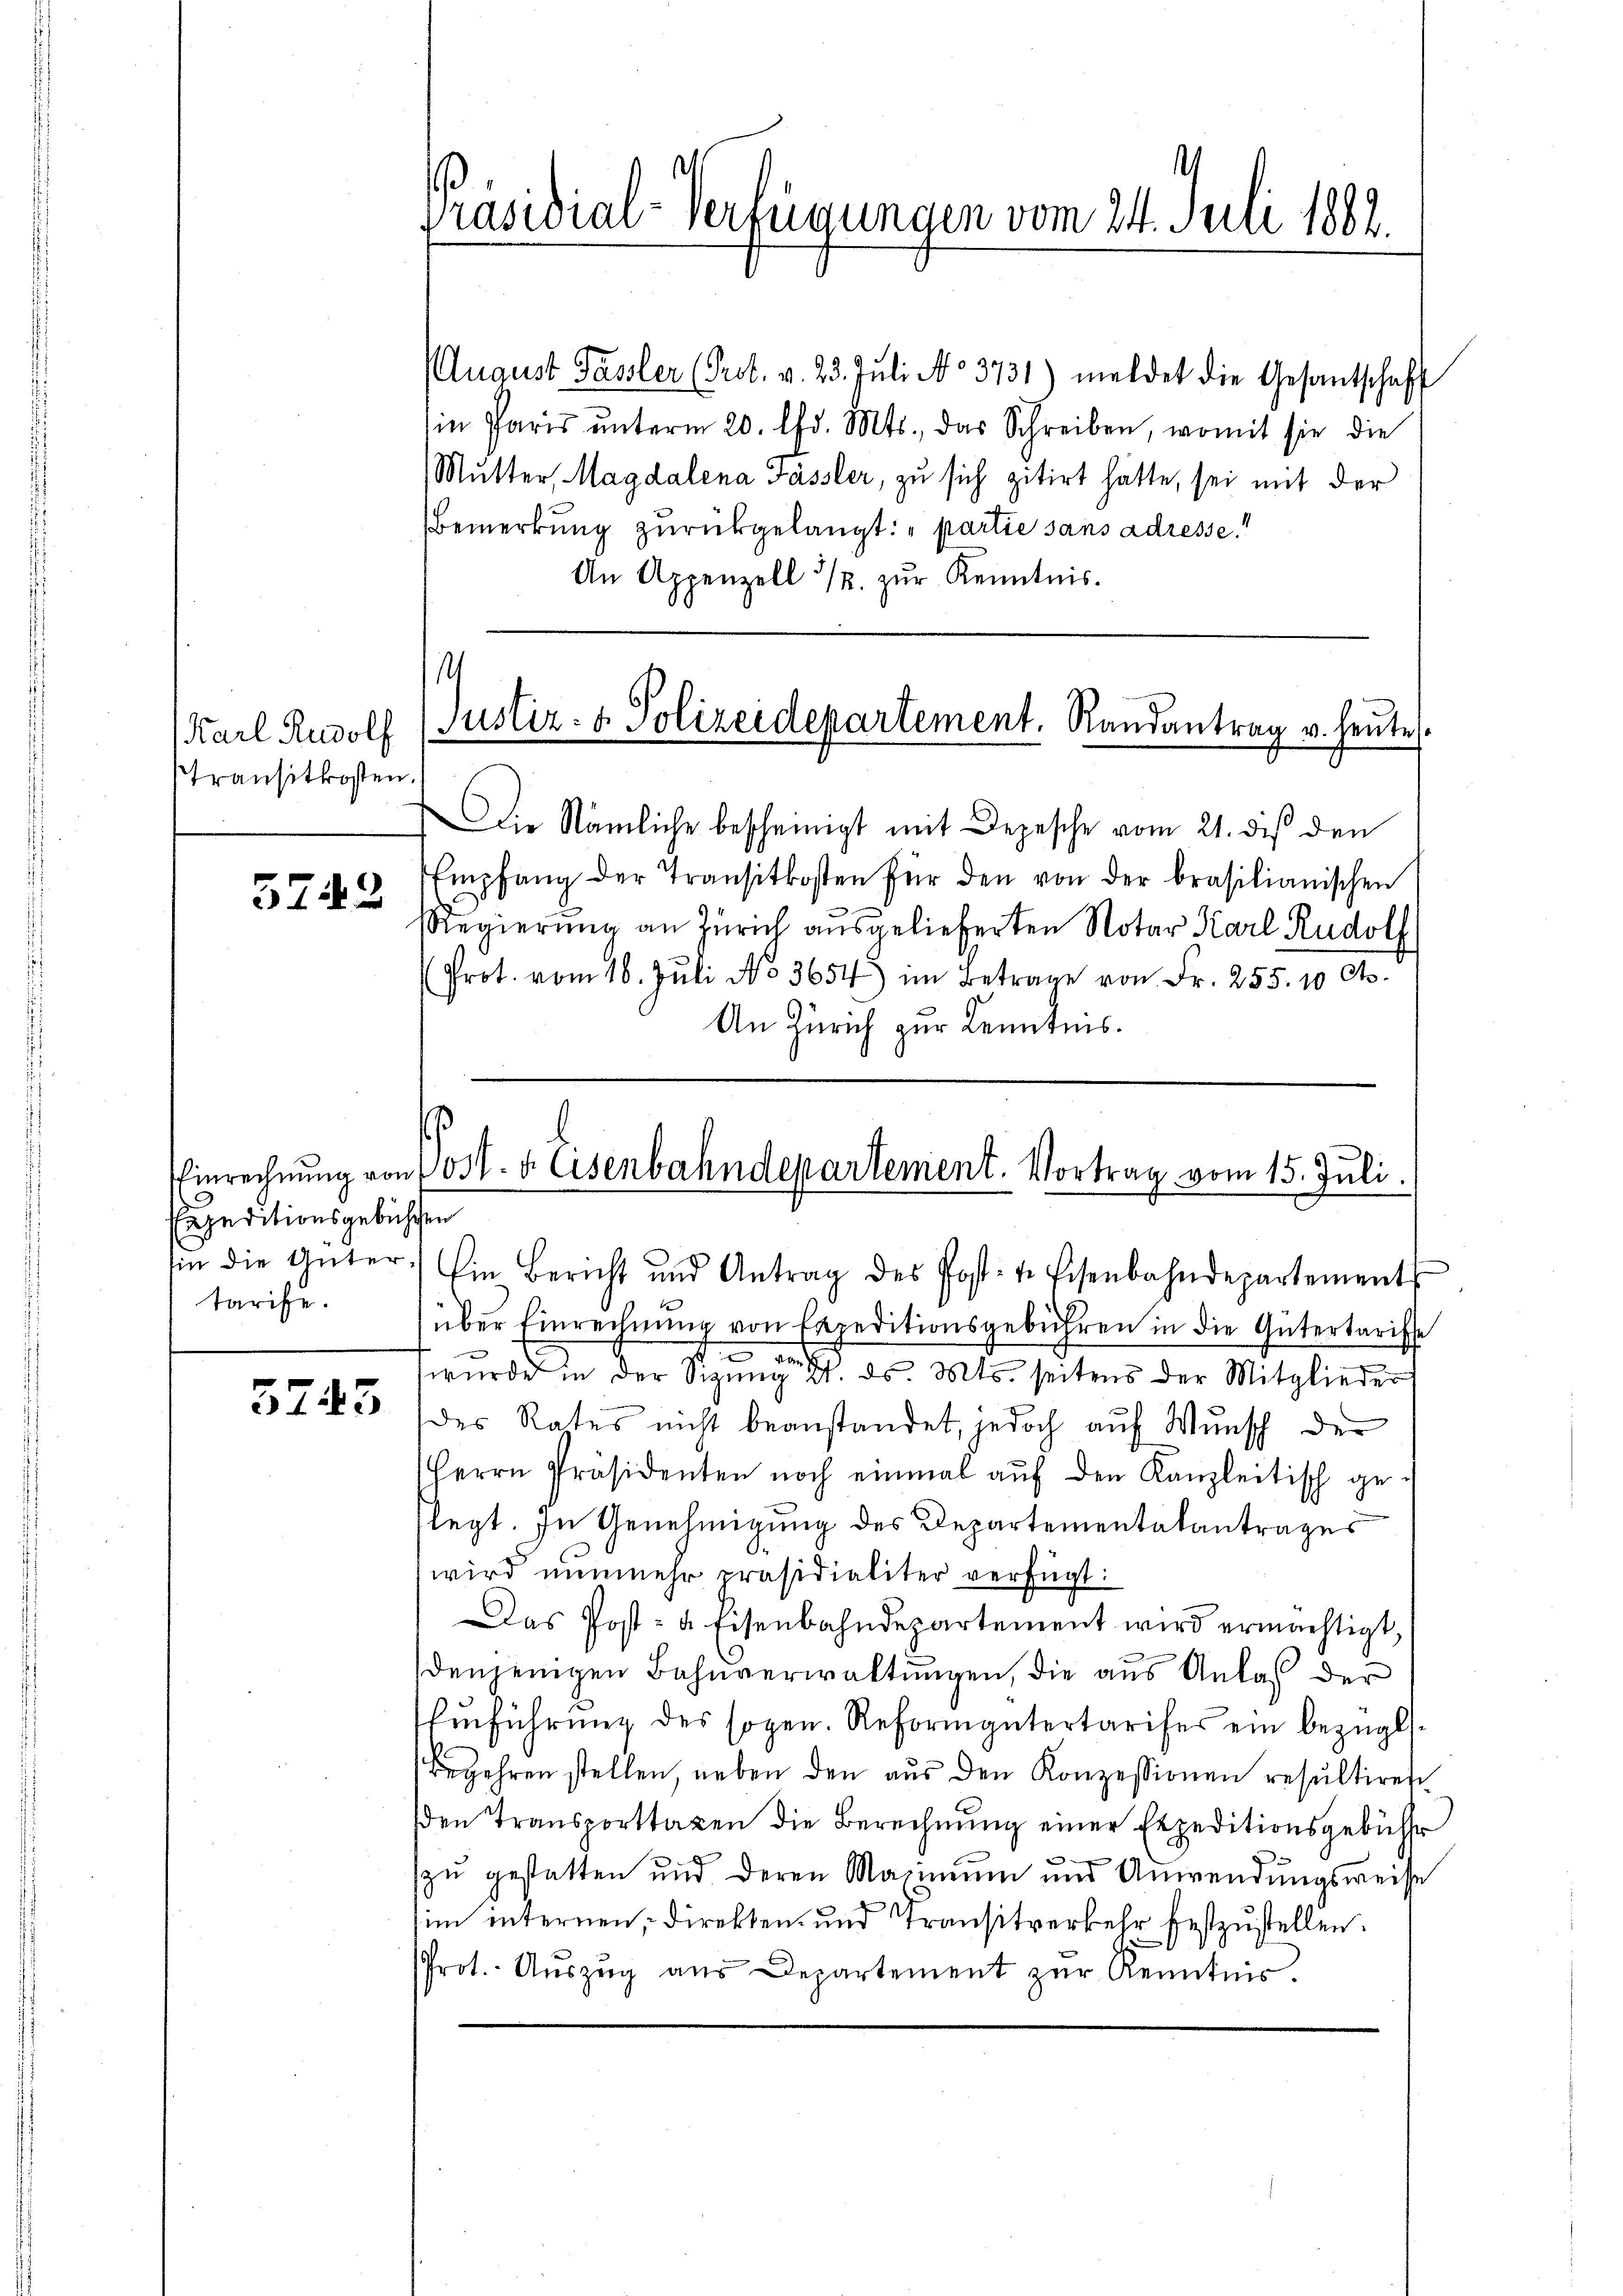
Transitkosten.

5749

Expeditionsgebühren
tarise.

5745

August Fassler (Prot. v. 23. Juli No 3731) meldet die Gesantschaft
in Paris ŭnterm 20. Chr. Mts., das Schreiben, womit sie die
Mutter, Magdalena Fässler, zu sich zitirt hätte, sei mit der
Bemerkung zurückgelangt: „partie sans adresse!!
An Appenzell 12. zŭr Kenntnis.

Präsidial-Verfügungen vom 24. Juli 1882

1
Karl Rudolf (Justiz- & Polizeidepartement. Randantrag v. heute.

Die Nämliche bescheinigt mit Depesche vom 21. dies den
Empfang der Transitkosten für den von der brasilianischen
RRegierung an Zürich ausgelieferten Notar Karl Rudolf
Prot. vom 16. Juli No 3654 im Betrage von Fr. 255. 10 A
An Zürich zur Kenntnis.

Einrechnŭng von 103. v. Eisenbahndepartement. Vortrag vom 15. Juli.

in die Güter. Ein Bericht und Antrag des Post- u. Eisenbahndepartements
über Einrechnŭng von Expeditionsgebühren in die Gütertarisse
s
t
au
wurde in der Sizung 2. ds. Mts. seitens der Mitglieder
des Rates nicht beanstandet, jedoch auf Wunsch der
Herrn Präsidenten noch einmal aŭf den Kanzleitisch ge-
flegt. In Genehmigung des Departementalantrages
wird nunmehr präsidialiter verfügt:
Das Post- u. Eisenbahndepartement wird ermächtigt,
denjenigen Bahnverwaltŭngen, die aus Anlaß der
fŭführŭng des sogen. Reformgütertarifer ein bezügl.
Begehren stellen, neben den aus den Konzessionen resultiren
den Transporttagen die Berechnung einer Expeditionsgebühr
e
zu gestatten und deren Maximum und Anwendungsweise
im internen, direkten- und Transitverkehr festzustellen.
Prot. Aŭszŭg aŭs Departement zŭr Kenntnis.